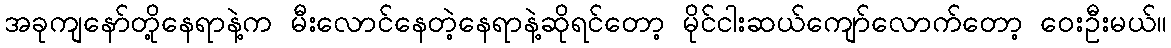
အခုကျနော်တို့နေရာနဲ့က မီးလောင်နေတဲ့နေရာနဲ့ဆိုရင်တော့ မိုင်ငါးဆယ်ကျော်လောက်တော့ ဝေးဦးမယ်။